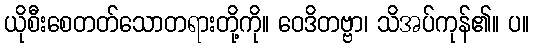
ယိုစီးစေတတ်သောတရားတို့ကို။ ဝေဒိတဗ္ဗာ၊ သိအပ်ကုန်၏။ ပ။